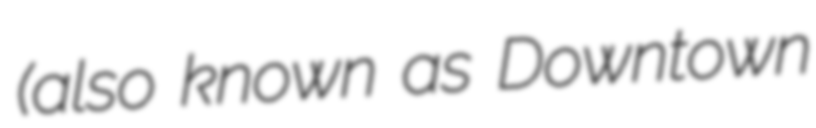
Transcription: (also known as Downtown